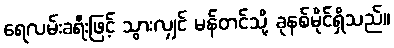
ရေလမ်းခရီးဖြင့် သွားလျှင် မန်တင်သို့ ခုနစ်မိုင်ရှိသည်။